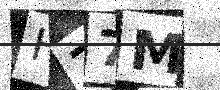
Text: H77M